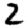
Digit: 2